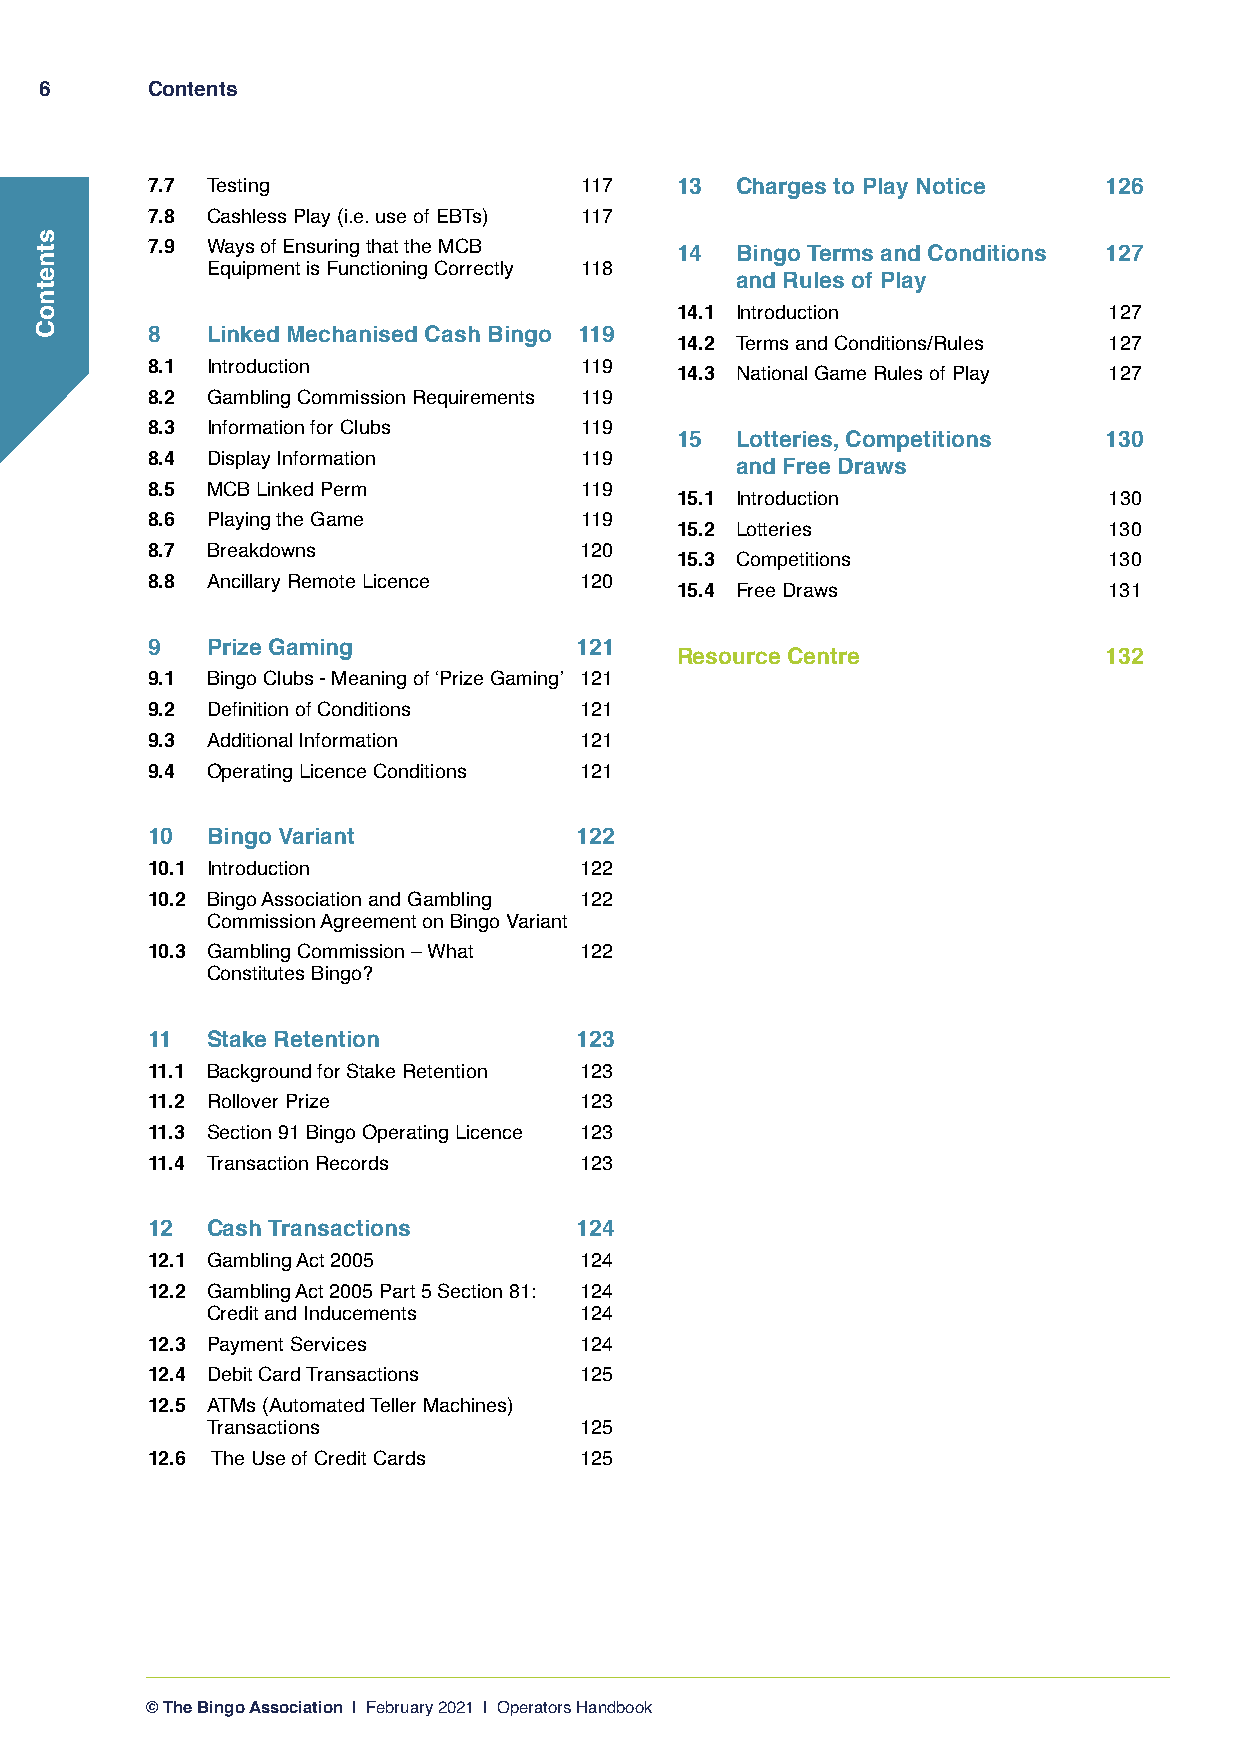
6      Contents
 7.7 Testing                 117    13  Charges to Play Notice  126
 7.8 Cashless Play (i.e. use of EBTs) 117
 7.9 Ways of Ensuring that the MCB  14  Bingo Terms and Conditions 127
 Equipment is Functioning Correctly 118
 and Rules of Play
 14.1 Introduction           127
 8   Linked Mechanised Cash Bingo 119
 14.2 Terms and Conditions/Rules 127
 8.1 Introduction            119
 14.3 National Game Rules of Play 127
 8.2 Gambling Commission Requirements 119
 8.3 Information for Clubs   119
 15  Lotteries, Competitions 130
 8.4 Display Information     119
 and Free Draws
 8.5 MCB Linked Perm         119
 15.1 Introduction           130
 8.6 Playing the Game        119
 15.2 Lotteries              130
 8.7 Breakdowns              120
 15.3 Competitions           130
 8.8 Ancillary Remote Licence 120
 15.4 Free Draws             131
 9   Prize Gaming            121
 Resource Centre             132
 9.1 Bingo Clubs - Meaning of ‘Prize Gaming’ 121
 9.2 Definition of Conditions 121
 9.3 Additional Information  121
 9.4 Operating Licence Conditions 121
 10  Bingo Variant           122
 10.1 Introduction           122
 10.2 Bingo Association and Gambling 122
 Commission Agreement on Bingo Variant
 10.3 Gambling Commission – What 122
 Constitutes Bingo?
 11  Stake Retention         123
 11.1 Background for Stake Retention 123
 11.2 Rollover Prize         123
 11.3 Section 91 Bingo Operating Licence 123
 11.4 Transaction Records    123
 12  Cash Transactions       124
 12.1 Gambling Act 2005      124
 12.2 Gambling Act 2005 Part 5 Section 81: 124
 Credit and Inducements  124
 12.3 Payment Services       124
 12.4 Debit Card Transactions 125
 12.5 ATMs (Automated Teller Machines)
 Transactions            125
 12.6 The Use of Credit Cards 125
 © The Bingo Association | February 2021 | Operators Handbook
 ssttnneettnnooCC